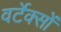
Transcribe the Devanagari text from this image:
वर्टेक्सों